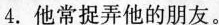
4.他常捉弄他的朋友。